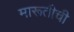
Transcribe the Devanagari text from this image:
मारूतीची